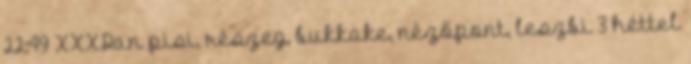
22:49 XXXDan pisi, részeg, bukkake, nézőpont, leszbi 3 héttel